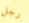
رجل